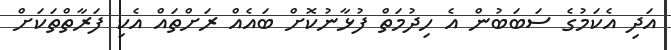
އަދި އެކަމުގެ ސަބަބުން އެ ހިދުމަތް ފުޅާނުކޮށް ބައެއް ރަށްތައް އެކި ފަރާތްތަކަށް